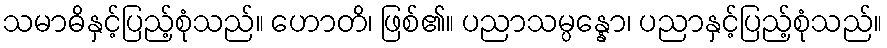
သမာဓိနှင့်ပြည့်စုံသည်။ ဟောတိ၊ ဖြစ်၏။ ပညာသမ္ပန္နော၊ ပညာနှင့်ပြည့်စုံသည်။